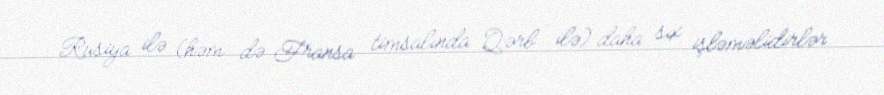
Rusiya ilə (həm də Fransa timsalında Qərb ilə) daha sıx işləməlidirlər.